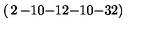
\left( \begin{matrix} { 2 } & { - 1 } & { 0 } \\ { - 1 } & { 2 } & { - 1 } \\ { 0 } & { - 3 } & { 2 } \\ \end{matrix} \right)